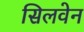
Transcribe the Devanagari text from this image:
सिलवेन